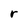
Character: r